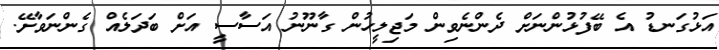
އަޅުގަނޑު އެ ބޭފުޅުންނަށް ދެންނެވިން މަޖިލީހުން ގާނޫނު އަސާސީ އަށް ބަދަލެއް ގެންނަވާށޭ.